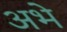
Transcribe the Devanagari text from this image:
अभे